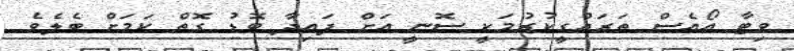
ވިޓާ އޯއެސް ތަރައްގީކުރުމަކީ ސޮނީ އަށް ފައިދާ ބޮޑު ގޮތް ކަމަށް ބެލެވެ